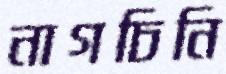
নাগচিনি